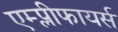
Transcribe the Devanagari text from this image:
एम्प्लीफायर्स